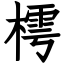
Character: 樗